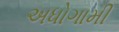
અધોગામી